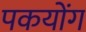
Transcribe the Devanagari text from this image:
पकयोंग